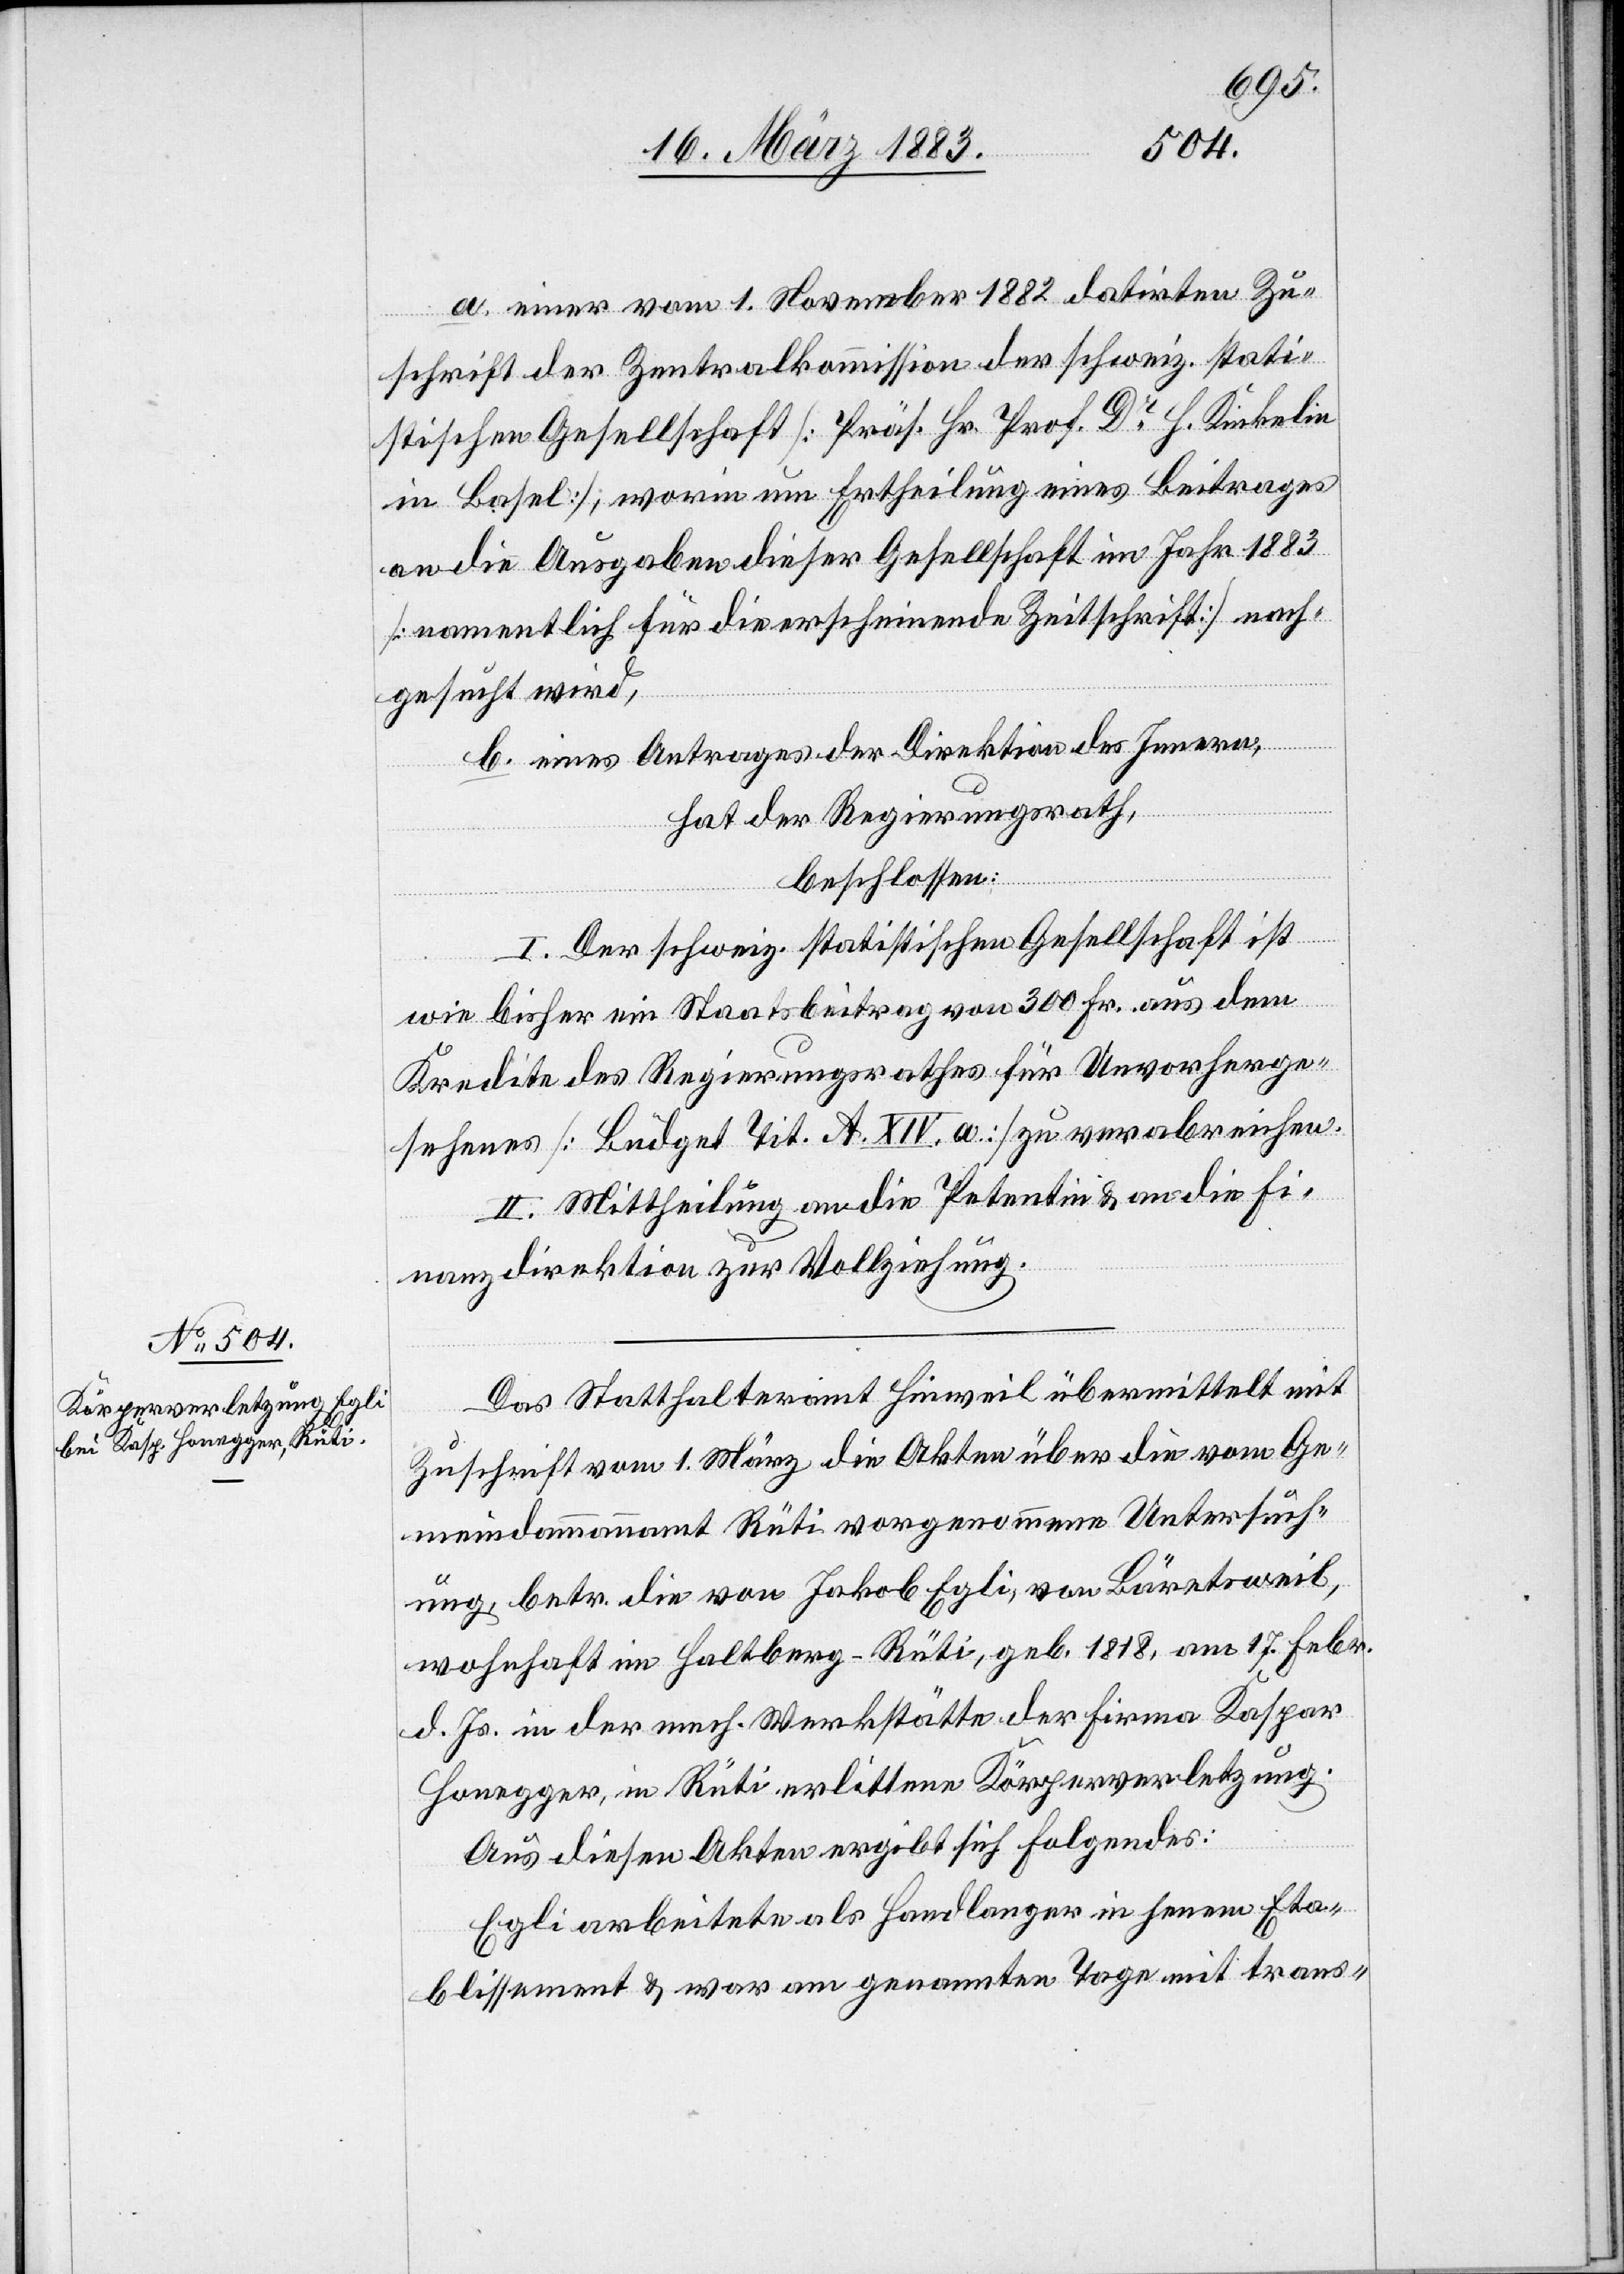
an den Regierungsrath
2.